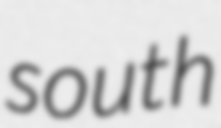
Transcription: south